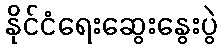
နိုင်ငံရေးဆွေးနွေးပွဲ